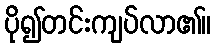
ပို၍တင်းကျပ်လာ၏။